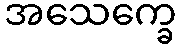
အသေက္ခေ